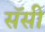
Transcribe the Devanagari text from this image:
सॅसी